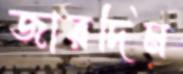
জারদিম